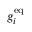
{ g _ { i } ^ { \mathrm { e q } } }